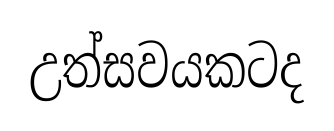
උත්සවයකටද